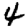
Digit: 4